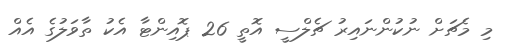
މި މެޗަށް ނުކުންނައިރު ޗެލްސީ އޮތީ 26 ޕޮއިންޓާ އެކު ތާވަލުގެ އެއް